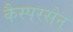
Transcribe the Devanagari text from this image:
कैस्परसेन